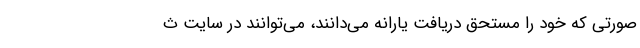
صورتی که خود را مستحق دریافت یارانه می‌دانند، می‌توانند در سایت ث